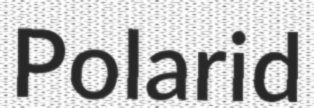
Polarid